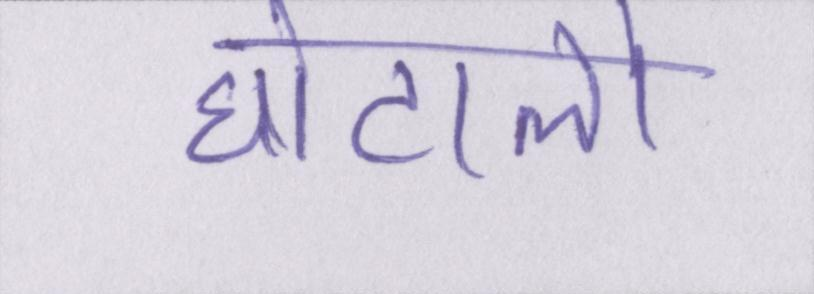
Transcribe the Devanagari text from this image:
घोटालो